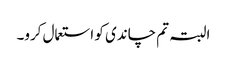
البتہ تم چاندی کو استعمال کرو۔